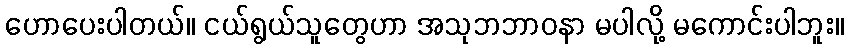
ဟောပေးပါတယ်။ ငယ်ရွယ်သူတွေဟာ အသုဘဘာဝနာ မပါလို့ မကောင်းပါဘူး။